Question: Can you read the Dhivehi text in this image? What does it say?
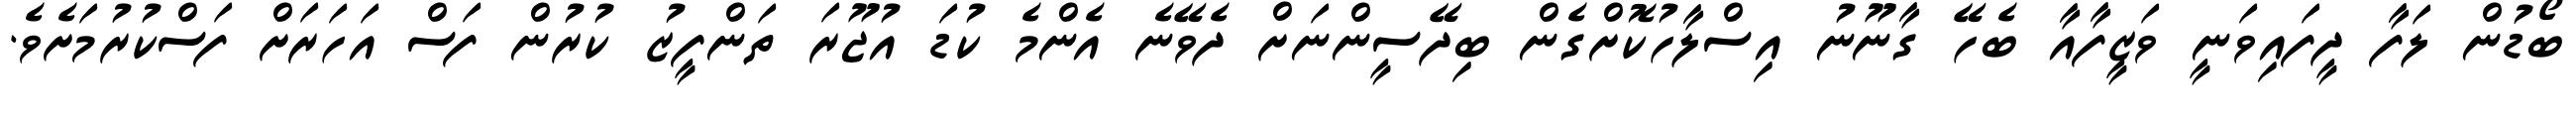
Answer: ބޯޑުން ލަފާ ދީފައިވަނީ ވަޒީފާއާ ބެހޭ ގާނޫނު އިސްލާހުކޮށްގެން ބިދޭސީންނަށް ދެވޭނެ އެންމެ ކުޑަ އުޖޫރަ ތަންފީޒު ކުރުން ފަސް އަހަރަށް ފަސްކުރުމަށެވެ.